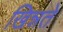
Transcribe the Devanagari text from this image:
खिन्नते